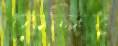
কেন্দির